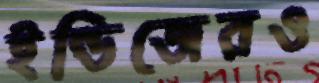
ইন্ডিজেরও